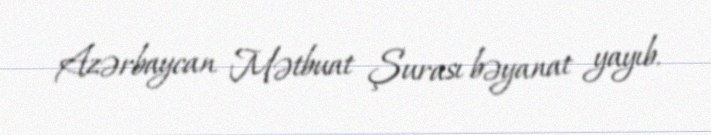
Azərbaycan Mətbuat Şurası bəyanat yayıb.